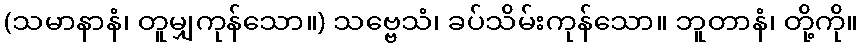
(သမာနာနံ၊ တူမျှကုန်သော။) သဗ္ဗေသံ၊ ခပ်သိမ်းကုန်သော။ ဘူတာနံ၊ တို့ကို။